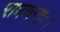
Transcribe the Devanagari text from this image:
रामचन्द्रः।